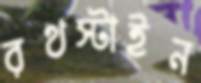
রথস্টাইন